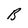
Character: B